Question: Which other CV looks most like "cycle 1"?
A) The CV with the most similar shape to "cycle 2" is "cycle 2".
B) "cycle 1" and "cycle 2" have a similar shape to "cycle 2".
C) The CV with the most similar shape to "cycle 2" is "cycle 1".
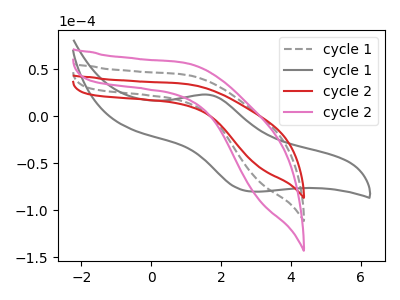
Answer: <think>The gray dashed curve "cycle 1" has no peaks. The gray curve "cycle 1" has an anodic peak at (1.65V, 22.75uA) and a cathodic peak at (2.90V, -80.15uA). The red curve "cycle 2" has no peaks. The pink curve "cycle 2" has no peaks.
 "cycle 1" and "cycle 1" have a different number of peaks. Neither "cycle 1" or "cycle 2" have any peaks. Neither "cycle 1" or "cycle 2" have any peaks. "cycle 1" and "cycle 2" have a different number of peaks. "cycle 1" and "cycle 2" have a different number of peaks. Neither "cycle 2" or "cycle 2" have any peaks.</think>
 <answer>B) "cycle 1" and "cycle 2" have a similar shape to "cycle 2".</answer>
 <eval>B</eval>